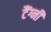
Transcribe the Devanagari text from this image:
टैंग्नी